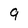
Character: 9